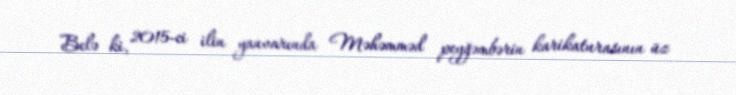
Belə ki, 2015-ci ilin yanvarında Məhəmməd peyğəmbərin karikaturasının üz